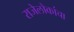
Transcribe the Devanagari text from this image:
राजेलोकांचा